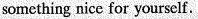
something nice for yoursclf.